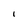
Character: I